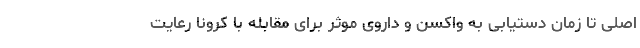
اصلی تا زمان دستیابی به واکسن و داروی موثر برای مقابله با کرونا رعایت